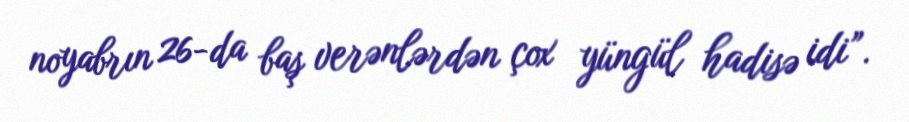
noyabrın 26-da baş verənlərdən çox yüngül hadisə idi”.